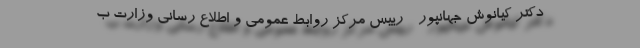
دکتر کیانوش جهانپور - رییس مرکز روابط عمومی و اطلاع رسانی وزارت ب